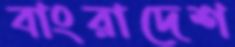
বাংরাদেশ